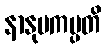
နာနုပကမ္ပတိ